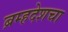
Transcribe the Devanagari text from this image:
ब्रम्हदेशचा